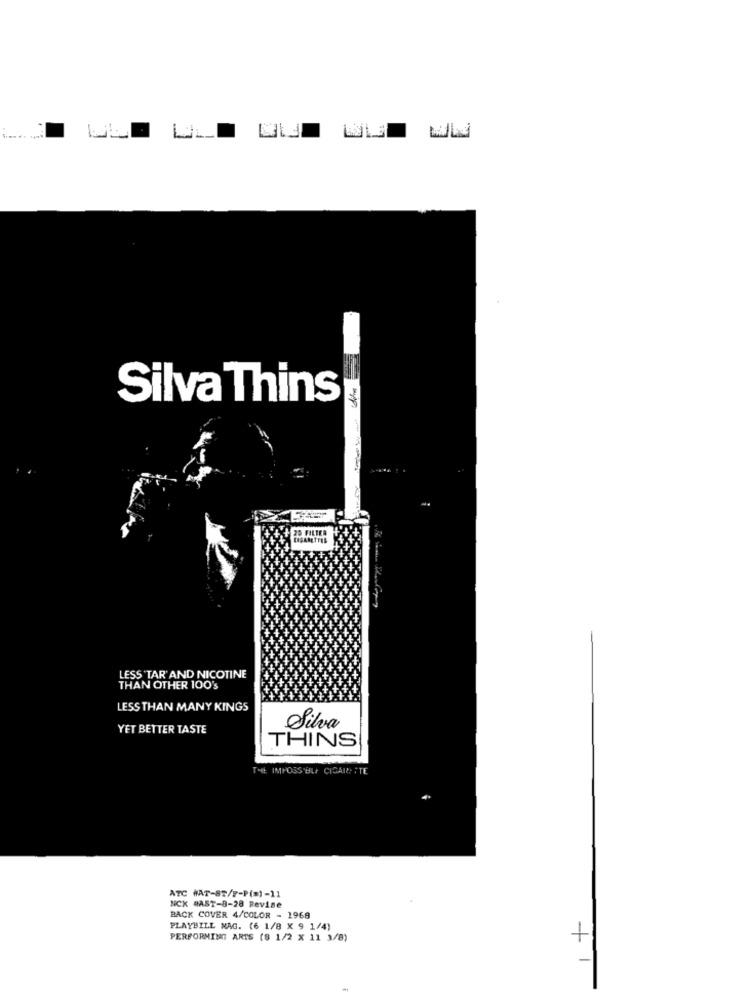
Silva Thins
LESS TAR AND NICOTINE
THAN OTHER 100's
LESS THAN MANY KINGS
YET BETTER TASTE
Silva
THINS
ATC WAT-ST/F-P(=)-11
NCK BAST-0-28 Revise
BACK COVER 4/COLOR - 1968
PLAYBILL NAG. (6 1/8 X 9 1/4)
PERFORMING ARTS (8 1/2 X 11 3/8)
+
-